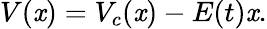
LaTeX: V(\mathit{x})=V_{c}(\mathit{x})-E(t)\mathit{x}.